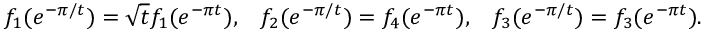
f _ { 1 } ( e ^ { - \pi / t } ) = \sqrt { t } f _ { 1 } ( e ^ { - \pi t } ) , \; \; \; f _ { 2 } ( e ^ { - \pi / t } ) = f _ { 4 } ( e ^ { - \pi t } ) , \; \; \; f _ { 3 } ( e ^ { - \pi / t } ) = f _ { 3 } ( e ^ { - \pi t } ) .